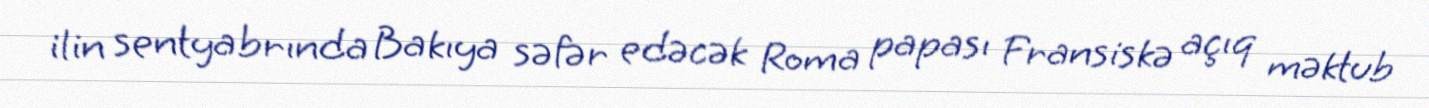
ilin sentyabrında Bakıya səfər edəcək Roma papası Fransiskə açıq məktub